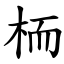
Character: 栭